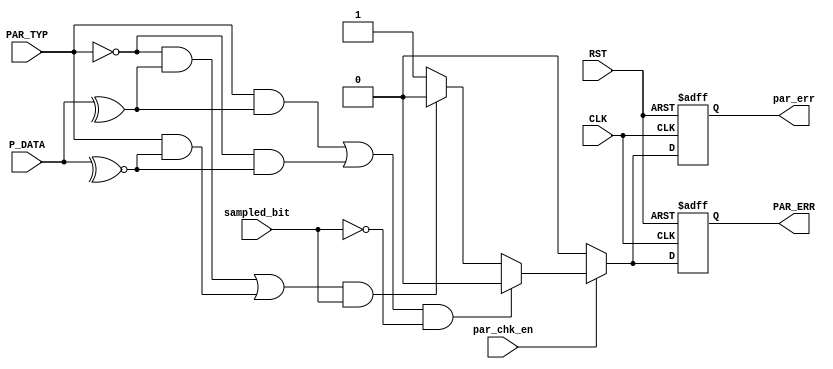
/*
   ******  Parity Check Block ******
   by:
       Mohamed Hazem Mamdouh
       10-9-2022
       3:54 PM   
*/
`timescale 1us/1ns
module PAR_Chk # (
    parameter BUS_WIDTH =  8
    )
(
    input  wire                        CLK,
    input  wire                        RST,
    input  wire                        par_chk_en,
    input  wire  [BUS_WIDTH-1:0]       P_DATA,
    input  wire                        sampled_bit,
    input  wire                        PAR_TYP,
    output reg                         par_err,
    output reg                         PAR_ERR
);

//internal signal

  
// seq always block

always@(posedge CLK or negedge RST)
  begin
   if (!RST) 
        begin
        par_err   <= 0;
        PAR_ERR   <= 0;
        end   
   else if (par_chk_en)
        begin
        if (((PAR_TYP && (^P_DATA)) || ( !PAR_TYP && (~^P_DATA))) && (!sampled_bit) )        //   cheack odd parity bit
        begin
        par_err <= 1'b0 ;
        PAR_ERR <= 1'b0 ;
        end
        else if ( ((!PAR_TYP && (^P_DATA)) || ( PAR_TYP && (~^P_DATA))) && (sampled_bit) )        //  cheack even parity bit
        begin
        par_err <= 1'b0 ;
        PAR_ERR <= 1'b0 ;
        end
        else
        begin
        par_err <= 1'b1 ;
        PAR_ERR <= 1'b1 ;
        end
        end
    else if (!par_chk_en)
    begin 
        par_err <= 1'b0 ;
        PAR_ERR <= 1'b0 ;
    end           
  end    

endmodule